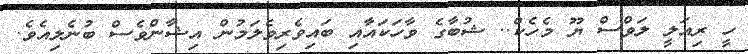
ހީ ރިއަލީ ލަވްސް ޔޫ މެހެކް.. ޝުބާގެ ވާހަކައާއި ބައިވެރިވެލަމުން އިޝާންވެސް ބުނެލިއެވެ.